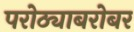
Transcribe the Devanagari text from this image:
परोठ्याबरोबर